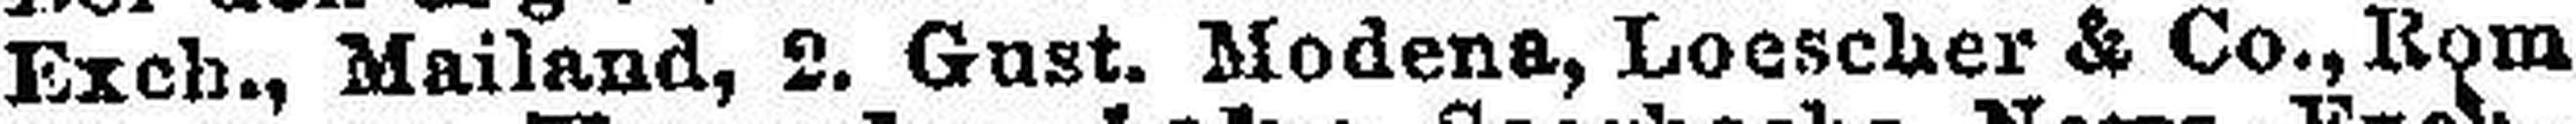
Exch., Mailand, 2. Gust. Modena, Loescher & Co., Rom